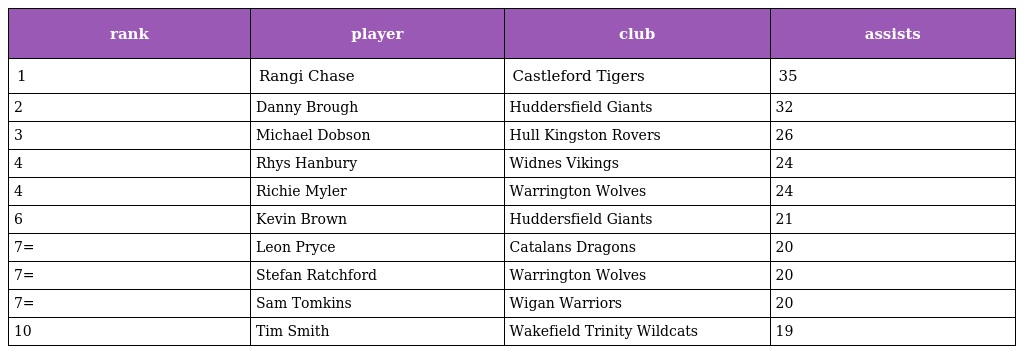
| rank | player | club | assists |
 | --- | --- | --- | --- |
 | 1 | Rangi Chase | Castleford Tigers | 35 |
 | 2 | Danny Brough | Huddersfield Giants | 32 |
 | 3 | Michael Dobson | Hull Kingston Rovers | 26 |
 | 4 | Rhys Hanbury | Widnes Vikings | 24 |
 | 4 | Richie Myler | Warrington Wolves | 24 |
 | 6 | Kevin Brown | Huddersfield Giants | 21 |
 | 7= | Leon Pryce | Catalans Dragons | 20 |
 | 7= | Stefan Ratchford | Warrington Wolves | 20 |
 | 7= | Sam Tomkins | Wigan Warriors | 20 |
 | 10 | Tim Smith | Wakefield Trinity Wildcats | 19 |